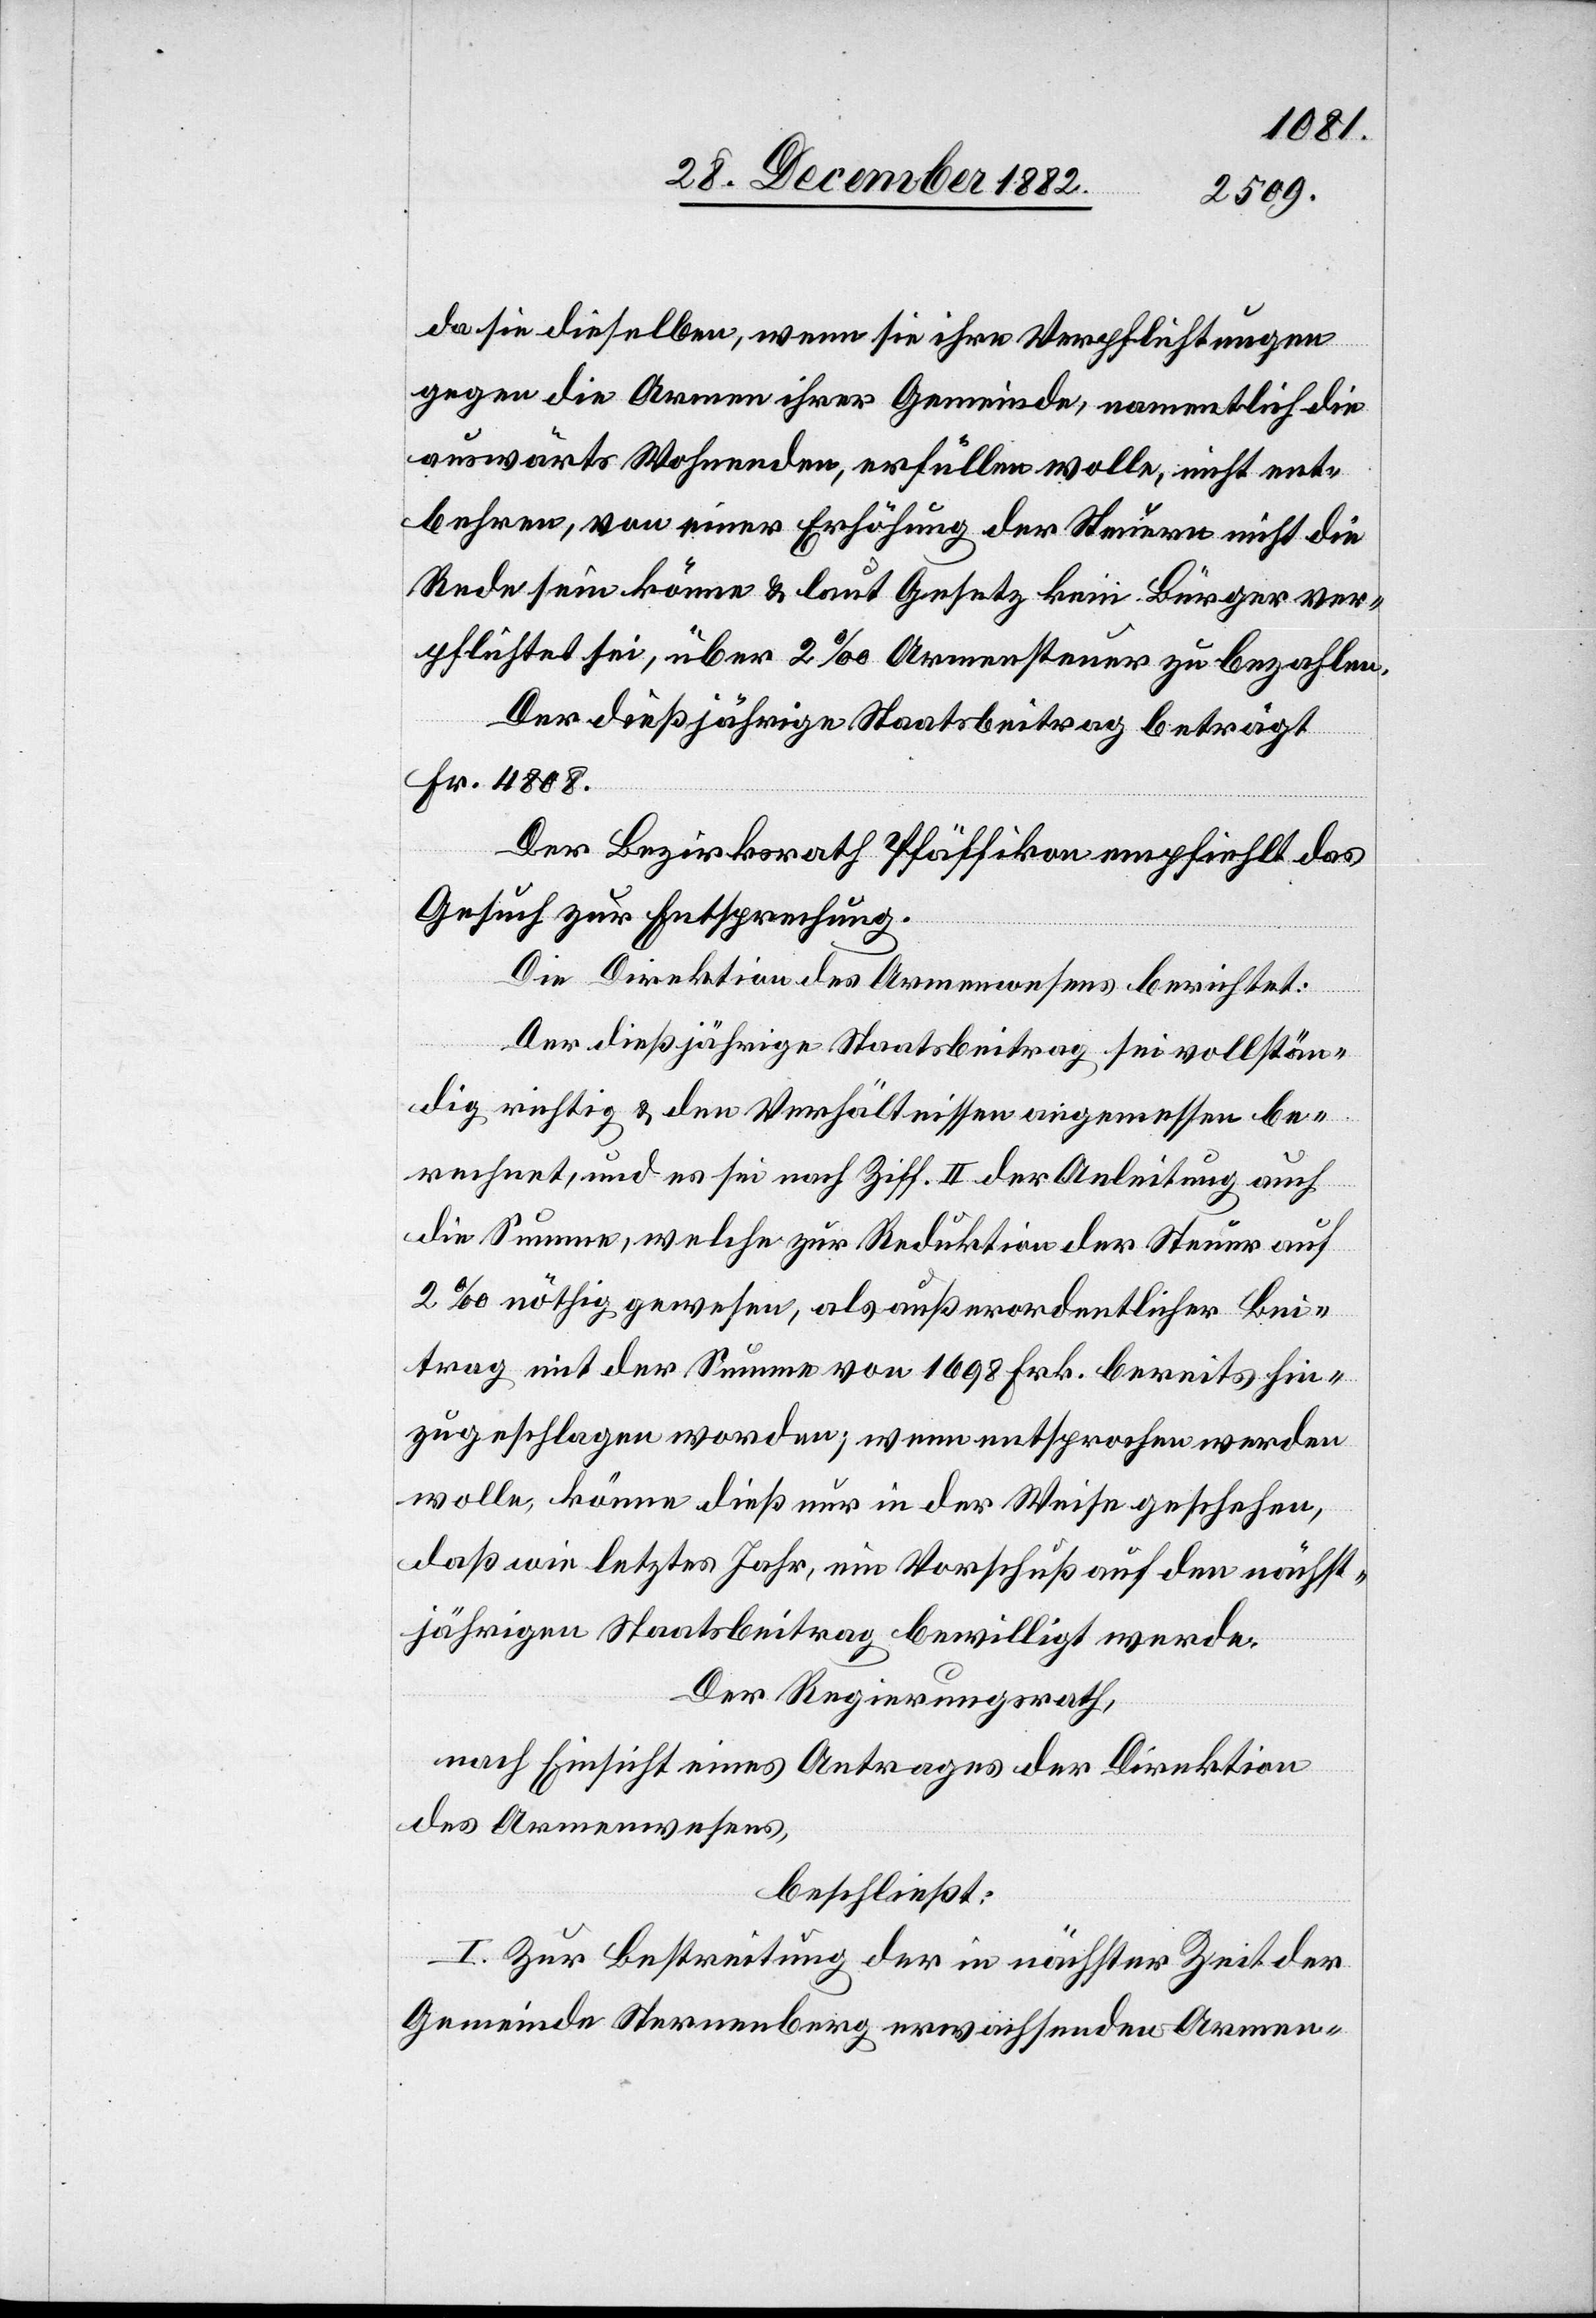
da sie dieselben, wenn sie ihre Verpflichtungen
gegen die Armen ihrer Gemeinde, namentlich die
auswärts Wohnenden, erfüllen wolle, nicht ent¬
behren, von einer Erhöhung der Steuern nicht die
Rede sein könne & laut Gesetz kein Bürger ver¬
pflichtet sei, über 2‰ Armensteuer zu bezahlen.
Der dießjährige Staatsbeitrag beträgt
Fr. 4808.
Der Bezirksrath Pfäffikon empfiehlt das
Gesuch zur Entsprechung.
Die Direktion des Armenwesens berichtet:
Der dießjährige Staatsbeitrag sei vollstän¬
dig richtig & den Verhältnissen angemessen be¬
rechnet, und es sei nach Ziff. II der Anleitung auch
die Summe, welche zur Reduktion der Steuer auf
2‰ nöthig gewesen, als außerordentlicher Bei¬
trag mit der Summe von 1698 Frk. bereits hin¬
zugeschlagen worden; wenn entsprochen werden
wolle, könne dieß nur in der Weise geschehen,
daß wie letztes Jahr, ein Vorschuß auf den nächst¬
jährigen Staatsbeitrag bewilligt werde.
Der Regierungsrath,
nach Einsicht eines Antrages der Direktion
des Armenwesens,
beschließt:
I. Zur Bestreitung der in nächster Zeit der
Gemeinde Sternenberg erwachsenden Armen-